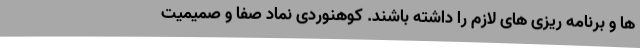
ها و برنامه ریزی های لازم را داشته باشند. کوهنوردی نماد صفا و صمیمیت